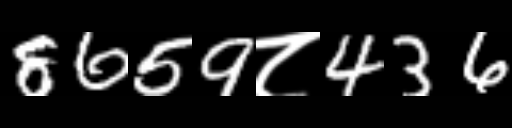
Text: 8659८436